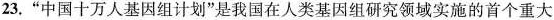
23.”中国十万人基因组计划”是我国在人类基因组研究领域实施的首个重大